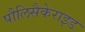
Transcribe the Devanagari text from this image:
पौलिसैकेराइड